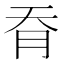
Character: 𦙖